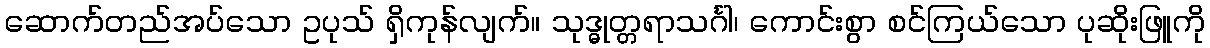
ဆောက်တည်အပ်သော ဥပုသ် ရှိကုန်လျက်။ သုဒ္ဓုတ္တရာသင်္ဂါ၊ ကောင်းစွာ စင်ကြယ်သော ပုဆိုးဖြူကို